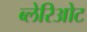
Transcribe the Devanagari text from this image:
ब्लेरिओट